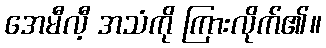
အေမီလီ့ အသံကို ကြားလိုက်၏။